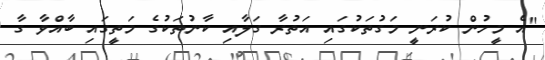
"އެ މީހުން ކުރަނީ މަގުތަކުގައި އަތުރާ ގަލާއި ކާނުތަކުގެ މަތީގައި ބާއްވާ ގާ